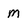
Character: M